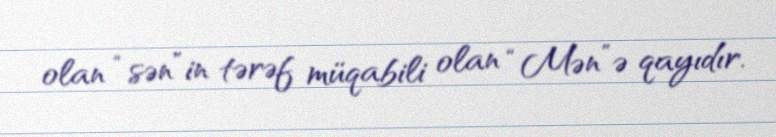
olan “sən”in tərəf müqabili olan “Mən”ə qayıdır.